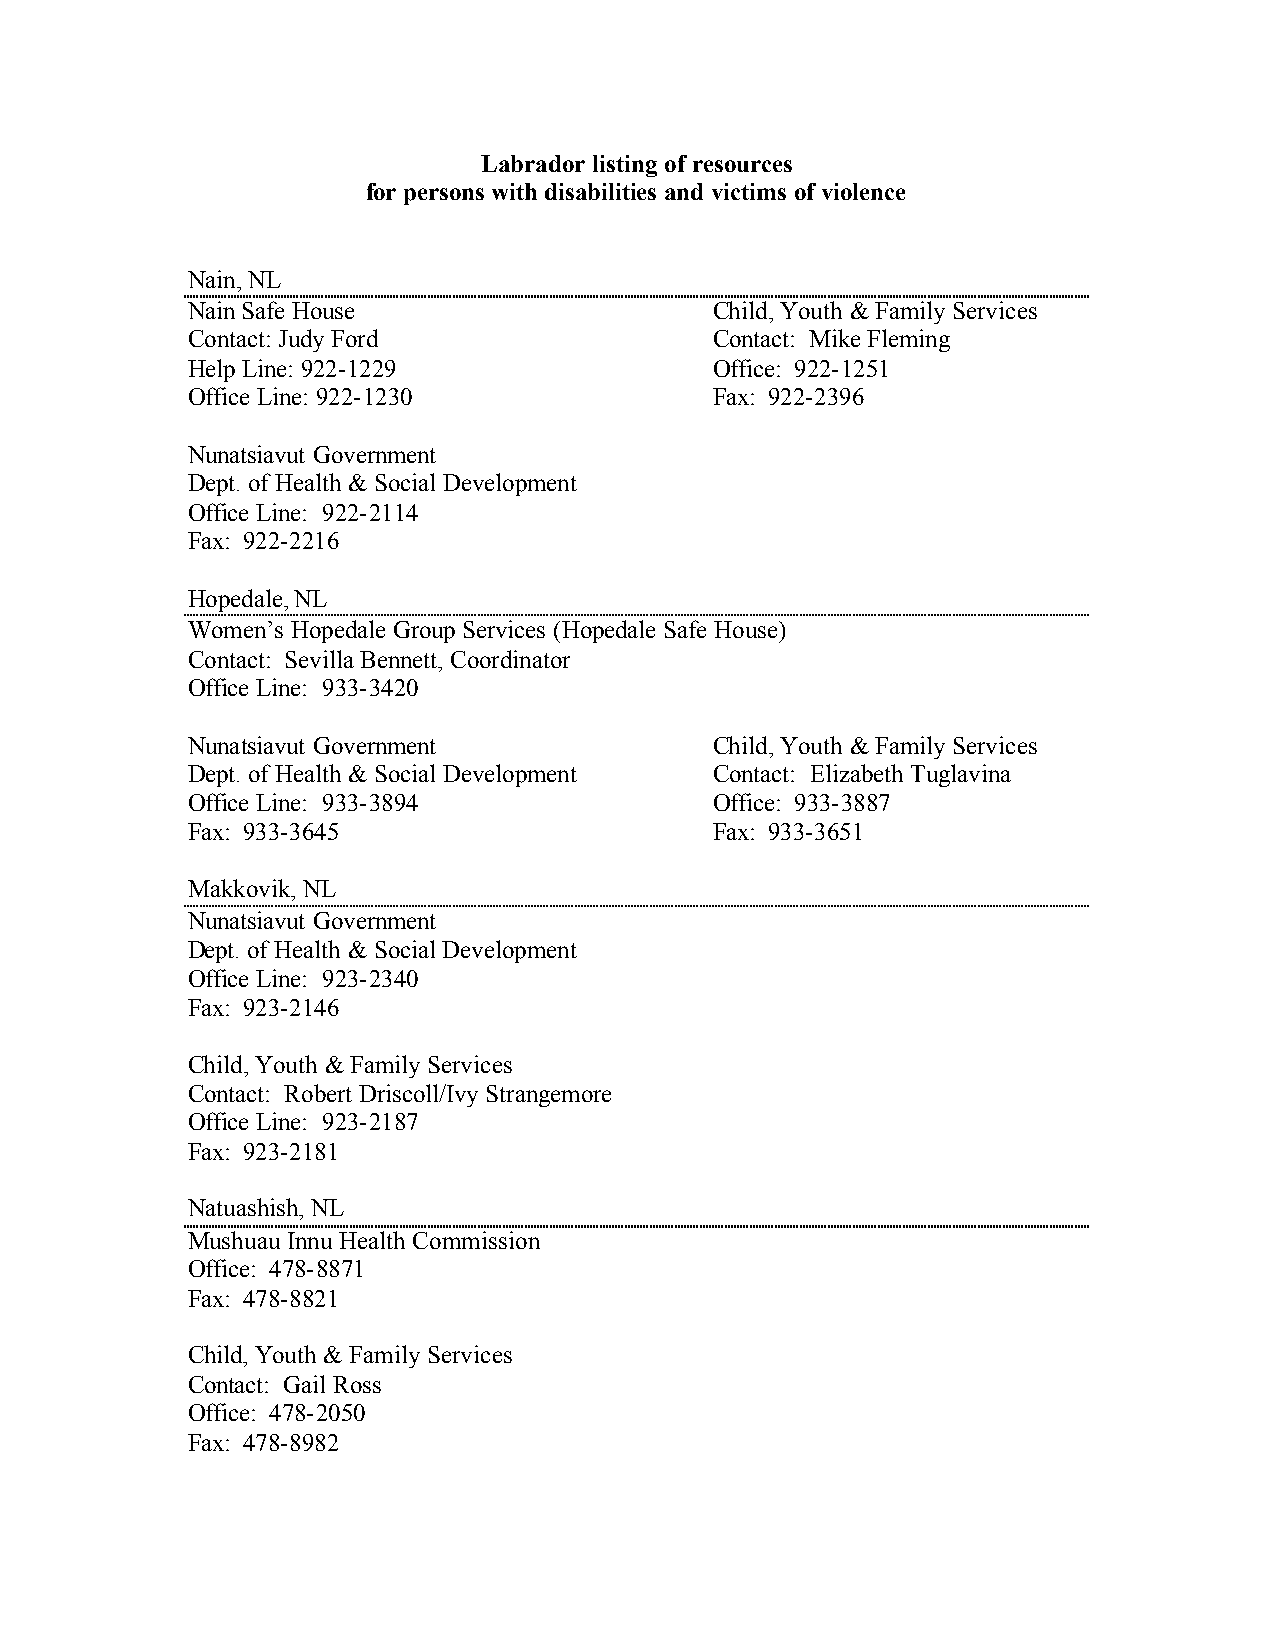
Labrador listing of resources
 for persons with disabilities and victims of violence
 Nain, NL
 Nain Safe House                    Child, Youth & Family Services
 Contact: Judy Ford                 Contact: Mike Fleming
 Help Line: 922-1229                Office: 922-1251
 Office Line: 922-1230              Fax: 922-2396
 Nunatsiavut Government
 Dept. of Health & Social Development
 Office Line: 922-2114
 Fax: 922-2216
 Hopedale, NL
 Women’s Hopedale Group Services (Hopedale Safe House)
 Contact: Sevilla Bennett, Coordinator
 Office Line: 933-3420
 Nunatsiavut Government             Child, Youth & Family Services
 Dept. of Health & Social Development Contact: Elizabeth Tuglavina
 Office Line: 933-3894              Office: 933-3887
 Fax: 933-3645                      Fax: 933-3651
 Makkovik, NL
 Nunatsiavut Government
 Dept. of Health & Social Development
 Office Line: 923-2340
 Fax: 923-2146
 Child, Youth & Family Services
 Contact: Robert Driscoll/Ivy Strangemore
 Office Line: 923-2187
 Fax: 923-2181
 Natuashish, NL
 Mushuau Innu Health Commission
 Office: 478-8871
 Fax: 478-8821
 Child, Youth & Family Services
 Contact: Gail Ross
 Office: 478-2050
 Fax: 478-8982